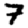
Digit: 7